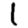
Digit: 1